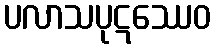
ပလာသပုဋဿေဝ